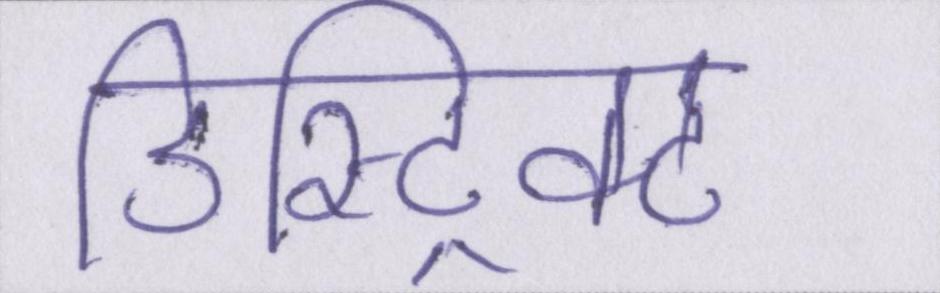
डिस्ट्रिक्ट